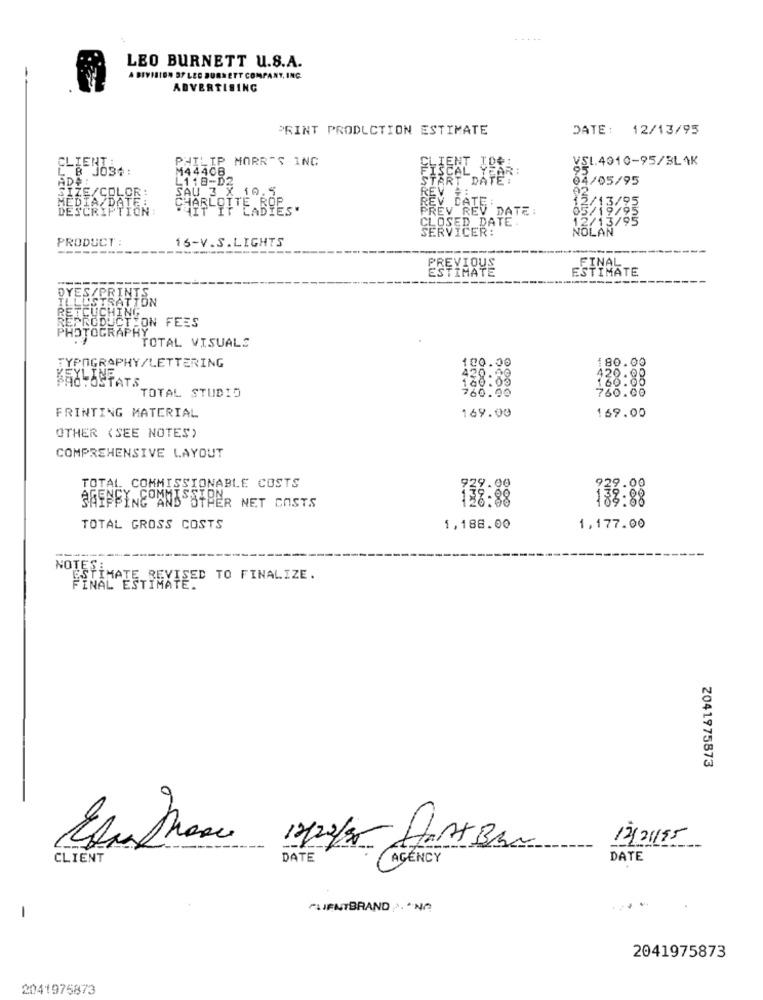
LEO BURNETT U.S.A.
A DIVISION BY LEO BURNETT COMPANY, INC.
ADVERTISING
PRINT PRODUCTION ESTIMATE
DATE: 12/13/95
CLIENT:
PHILIP MORRIS INC
YSL.4010-95/BLAK
FISCAL JOE
CAR:
L118-D2
M44408
START DATE:
04/05/95
SAU 3 X 10.5
REV HEL
CHARLOTTE ROP
REV DATE:
12/13/95
N :
HIT IT LADIES'
PREV REV DATE:
DATE.
12/13/95
65/19/05
SERVICER!
NOLAN
PRODUCT :
--------
16-V.S.LIGHTS
ESTYHAYE
ESTIMATE
FINAL
------
PASATION
/PRINTS
HON FEES
OTOGRAPHY
TOTAL VISUALS
TYPOGRAPHY/LETTERING
100.00
180.00
BAC-OSTATS
420.00
160.00
420.08
160.00
760.00
760.00
TOTAL STUDIO
FRINTING MATERIAL
169.00
169.00
OTHER (SEE NOTES)
COMPREHENSIVE LAYOUT
TOTAL COMMISSIONABLE COSTS
739.00
188.88
SHIPPING AND OTHER NET COSTS
TOTAL GROSS COSTS
1,188.00
1,177.00
FINAL ESTREXISED TO FINALIZE.
Z041975873
12/21/95
17/22/35 HAATBAN
CLIENT
DATE
AGENCY
DATE
-
CLIENTBRAND NA
...
2041975873
2041975873